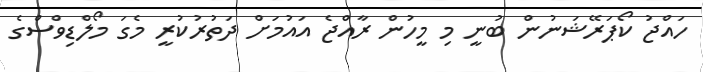
ހައްޖު ކޯޕަރޭޝަނުން ބުނީ މި މީހުން ރާއްޖެ އައުމަށް ދަތުރުކުރީ މެގަ މޯލްޑިވްސްގެ